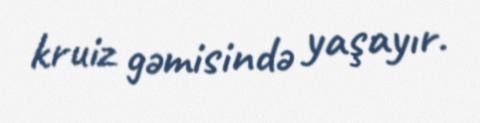
kruiz gəmisində yaşayır.